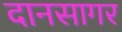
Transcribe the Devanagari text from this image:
दानसागर